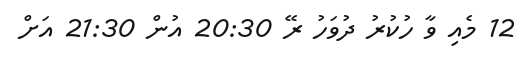
12 މެއި ވާ ހުކުރު ދުވަހު ރޭ 20:30 އުން 21:30 އަށް